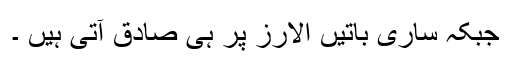
جبکہ ساری باتیں الارز پر ہی صادق آتی ہیں ۔